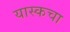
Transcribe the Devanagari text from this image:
यास्कचा